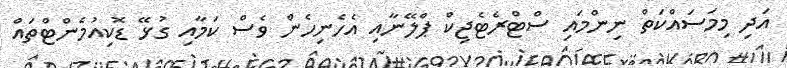
އަދި މިމަސައްކަތް ނިންމައި ސްޓްރެޓެޖިކް ޕްލޭނާއި އެހެނިހެން ވެސް ކަމާއި ގުޅޭ ޑޮކިއުމެންޓްތައް